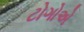
ટોગોએ